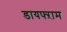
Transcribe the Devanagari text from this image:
डायफ्ऱाम